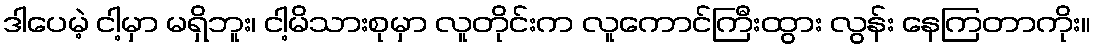
ဒါပေမဲ့ ငါ့မှာ မရှိဘူး၊ ငါ့မိသားစုမှာ လူတိုင်းက လူကောင်ကြီးထွား လွန်း နေကြတာကိုး။